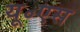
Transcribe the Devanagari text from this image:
यू॰एस